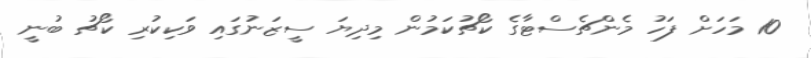
10 މަހަށް ފަހު މެންޗެސްޓާގެ ކޯޗުކަމުން މިދިޔަ ސީޒަނުގައި ވަކިކުރި ކޯޗު ބުނީ